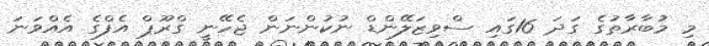
މި މުބާރާތުގެ ގަދަ 16ގައި ސްވިޒަލޭންޑް ނުކުންނަން ޖެހޭނީ ގްރޫޕް އެފްގެ އެއްވަނަ